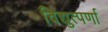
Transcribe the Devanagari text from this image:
विद्युत्पर्णा